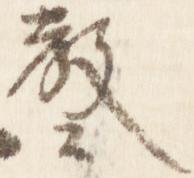
教